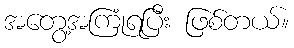
အတွေ့အကြုံရပြီး ဖြစ်တယ်။